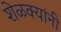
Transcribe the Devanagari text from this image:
शेळक्यांनी